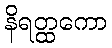
နိရတ္ထကော